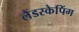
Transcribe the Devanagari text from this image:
लैंडस्केपिंग